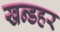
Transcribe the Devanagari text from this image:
खन्डहर